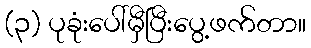
(၃) ပုခုံးပေါ်မှီပြီးပွေ့ဖက်တာ။